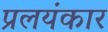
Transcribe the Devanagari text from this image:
प्रलयंकार